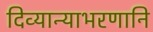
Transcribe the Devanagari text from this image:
दिव्यान्याभरणानि